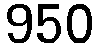
950